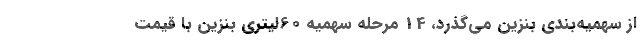
از سهمیه‌بندی بنزین می‌گذرد، 14 مرحله سهمیه 60لیتری بنزین با قیمت